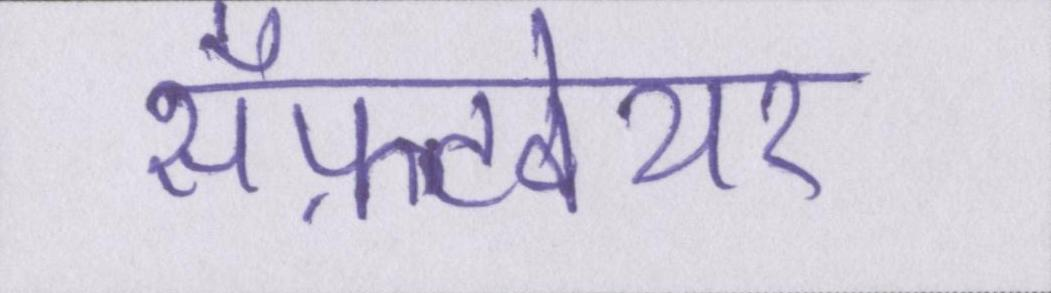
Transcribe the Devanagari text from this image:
सॉफ़्टवेयर